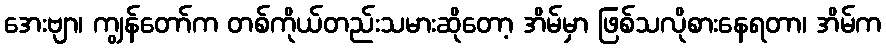
အေးဗျာ၊ ကျွန်တော်က တစ်ကိုယ်တည်းသမားဆိုတော့ အိမ်မှာ ဖြစ်သလိုစားနေရတာ၊ အိမ်က